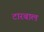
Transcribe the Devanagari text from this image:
टारबाल